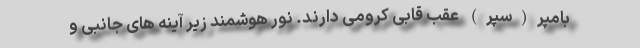
بامپر(سپر) عقب قابی کرومی دارند. نور هوشمند زیر آینه های جانبی و